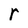
Character: r